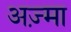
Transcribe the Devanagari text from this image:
अज़्मा